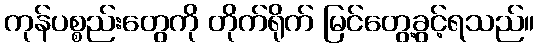
ကုန်ပစ္စည်းတွေကို တိုက်ရိုက် မြင်တွေ့ခွင့်ရသည်။